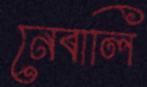
নেবালি